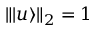
\| | u \rangle \| _ { 2 } = 1